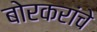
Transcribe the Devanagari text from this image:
बोरकरांचे